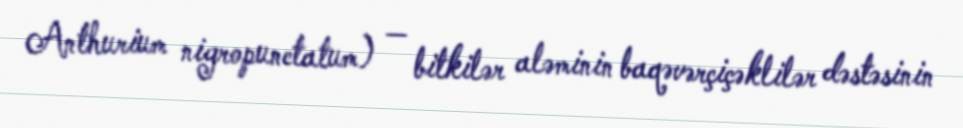
Anthurium nigropunctatum) — bitkilər aləminin baqəvərçiçəklilər dəstəsinin